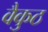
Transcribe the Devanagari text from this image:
वैकुठ